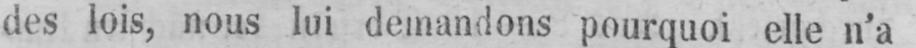
des lois, nous lui demandons pourquoi elle n’a